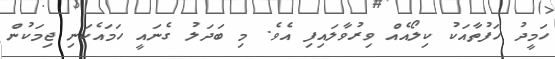
ހަމީދު ހަފުތާއަކު ކިލޯއެއް ވިރުވާލައިފި އެވެ. މި ބަދަލު ގެނައީ ހަމައެކަނި ޖިމަކުން